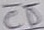
Text: CD